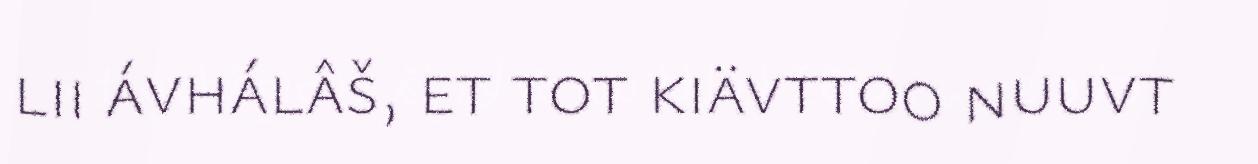
lii ávhálâš, et tot kiävttoo nuuvt